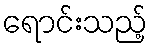
ရောင်းသည့်